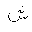
Letter: _shin